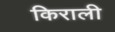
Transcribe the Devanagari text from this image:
किराली